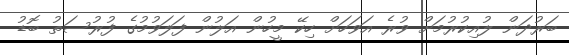
ބަރުދަން ލުއިކުރުމަށް ވުރެ އަވަހަށް ހިކޭ މީހުން އަލުން ފަލަވުމުގެ ފުރުސަތު ބޮޑު